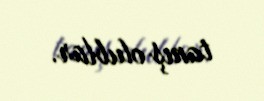
tanış olublar.